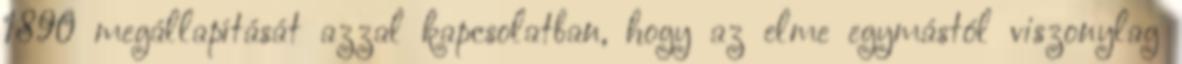
1890 megállapítását azzal kapcsolatban, hogy az elme egymástól viszonylag